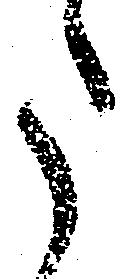
た